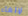
لإلغاء